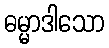
ဓမ္မာဒါသော